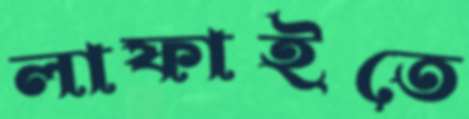
লাফাইতে